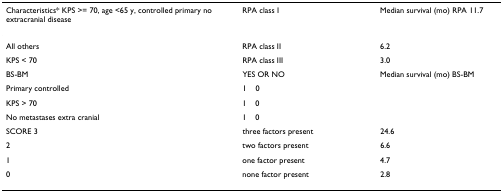
<table><thead><tr><td><b>Characteristics* KPS &gt;= 70, age &lt;65 y, controlled primary no extracranial disease</b></td><td colspan="2"><b>RPA class I</b></td><td><b>Median survival (mo) RPA 11.7</b></td></tr></thead><tbody><tr><td>All others</td><td colspan="2">RPA class II</td><td>6.2</td></tr><tr><td>KPS &lt; 70</td><td colspan="2">RPA class III</td><td>3.0</td></tr><tr><td>BS-BM</td><td colspan="2">YES OR NO</td><td>Median survival (mo) BS-BM</td></tr><tr><td>Primary controlled</td><td>1</td><td>0</td><td></td></tr><tr><td>KPS &gt; 70</td><td>1</td><td>0</td><td></td></tr><tr><td>No metastases extra cranial</td><td>1</td><td>0</td><td></td></tr><tr><td>SCORE 3</td><td colspan="2">three factors present</td><td>24.6</td></tr><tr><td>2</td><td colspan="2">two factors present</td><td>6.6</td></tr><tr><td>1</td><td colspan="2">one factor present</td><td>4.7</td></tr><tr><td>0</td><td colspan="2">none factor present</td><td>2.8</td></tr></tbody></table>